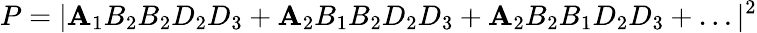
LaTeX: P=|\mathbf{A}_{1}B_{2}B_{2}D_{2}D_{3}+\mathbf{A}_{2}B_{1}B_{2}D_{2}D_{3}+\mathbf{A}_{2}B_{2}B_{1}D_{2}D_{3}+\ldots|^{2}